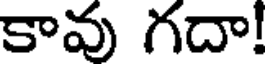
కావు గదా!